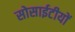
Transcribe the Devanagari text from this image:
सोसाईटीयों